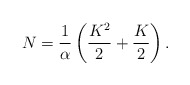
\begin{align*} N = \frac{1}{\alpha}\left(\frac{K^2}{2} + \frac{K}{2}\right).\end{align*}